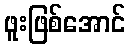
ဖူးဖြစ်အောင်